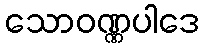
သောဝဏ္ဏပါဒေ